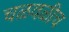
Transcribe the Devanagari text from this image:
चळवळीच